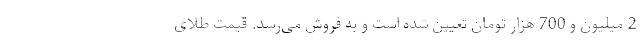
2 میلیون و 700 هزار تومان تعیین شده است و به فروش می‌رسد. قیمت طلای